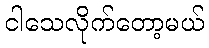
ငါသေလိုက်တော့မယ်